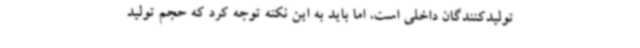
تولیدکنندگان داخلی است، اما باید به این نکته توجه کرد که حجم تولید